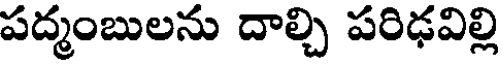
పద్మంబులను దాల్చి పరిఢవిల్లి